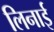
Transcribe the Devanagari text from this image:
लिनाई